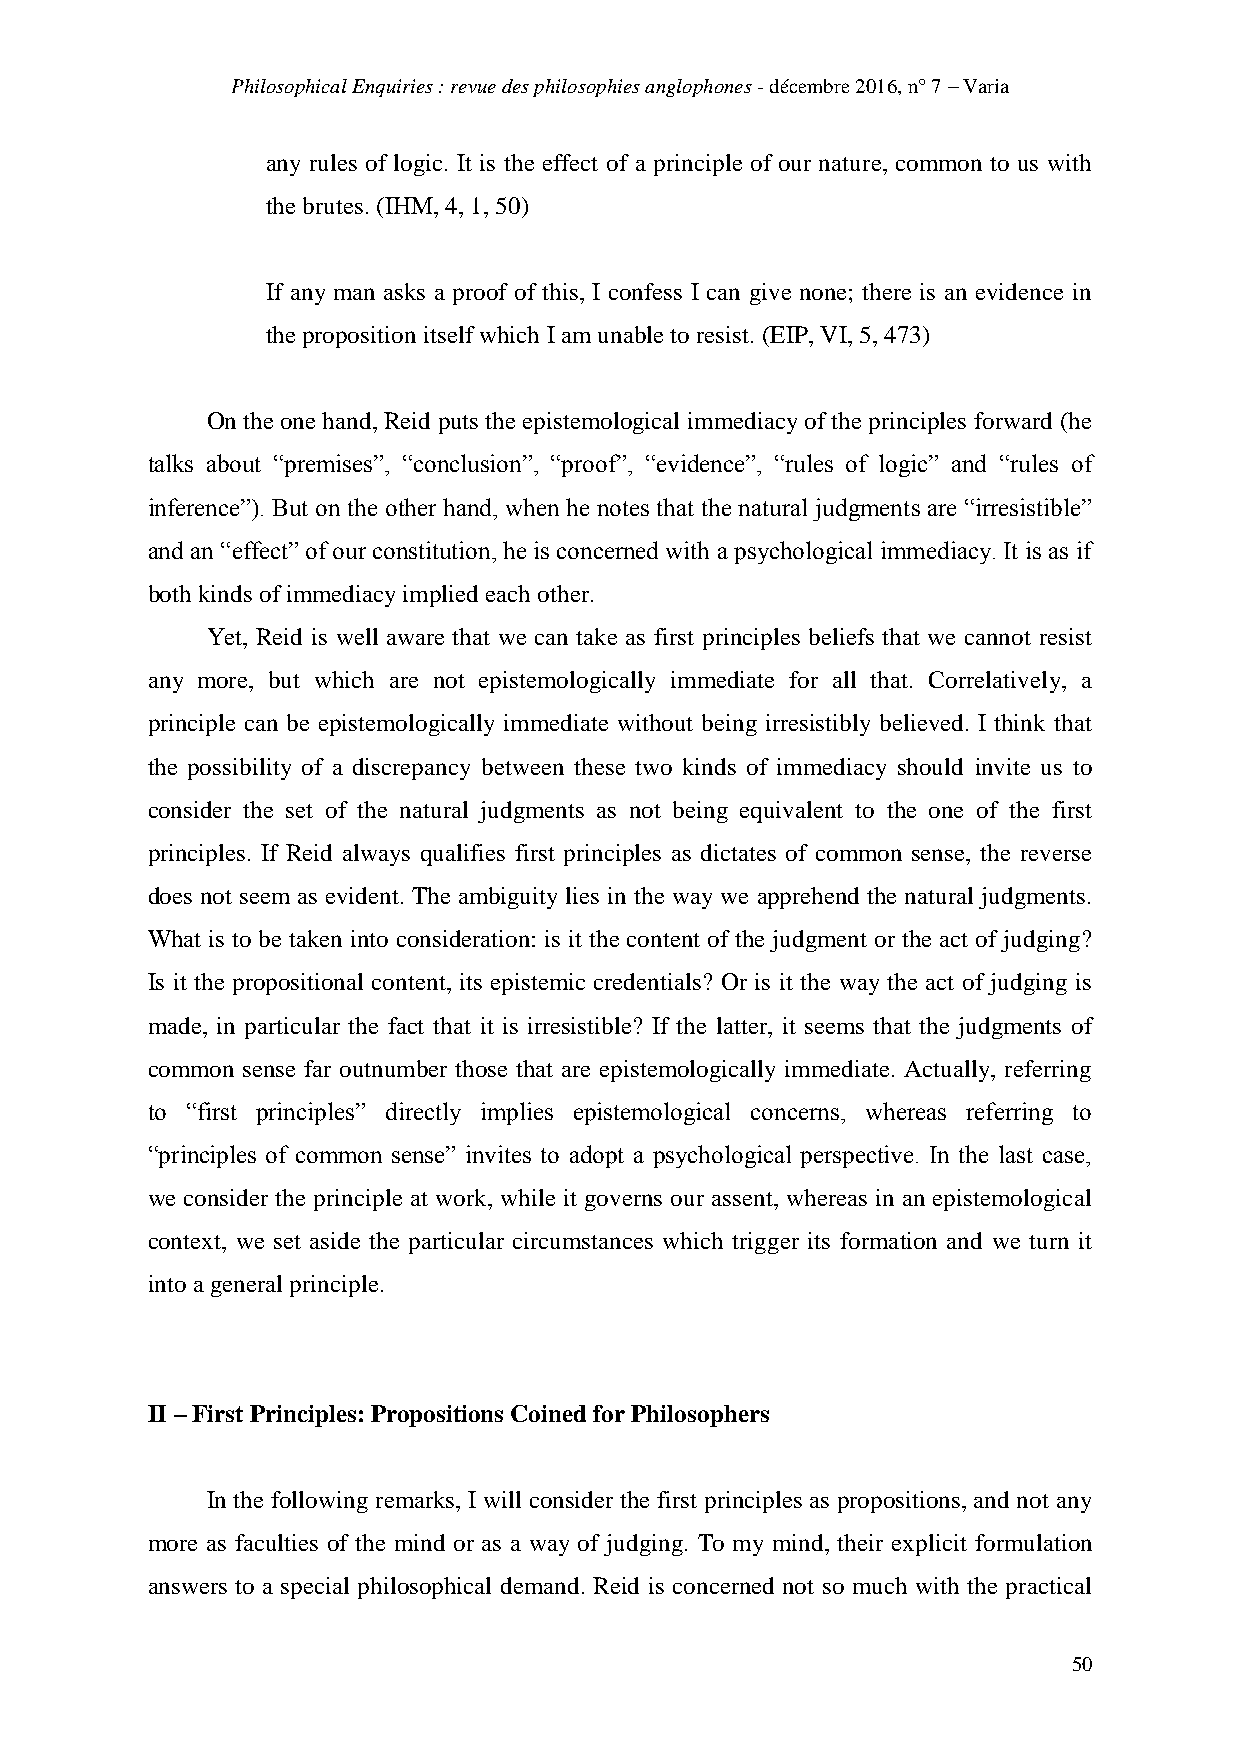
Philosophical Enquiries : revue des philosophies anglophones - décembre 2016, n° 7 – Varia
 any rules of logic. It is the effect of a principle of our nature, common to us with
 the brutes. (IHM, 4, 1, 50)
 If any man asks a proof of this, I confess I can give none; there is an evidence in
 the proposition itself which I am unable to resist. (EIP, VI, 5, 473)
 On the one hand, Reid puts the epistemological immediacy of the principles forward (he
 talks about “premises”, “conclusion”, “proof”, “evidence”, “rules of logic” and “rules of
 inference”). But on the other hand, when he notes that the natural judgments are “irresistible”
 and an “effect” of our constitution, he is concerned with a psychological immediacy. It is as if
 both kinds of immediacy implied each other.
 Yet, Reid is well aware that we can take as first principles beliefs that we cannot resist
 any more, but which are not epistemologically immediate for all that. Correlatively, a
 principle can be epistemologically immediate without being irresistibly believed. I think that
 the possibility of a discrepancy between these two kinds of immediacy should invite us to
 consider the set of the natural judgments as not being equivalent to the one of the first
 principles. If Reid always qualifies first principles as dictates of common sense, the reverse
 does not seem as evident. The ambiguity lies in the way we apprehend the natural judgments.
 What is to be taken into consideration: is it the content of the judgment or the act of judging?
 Is it the propositional content, its epistemic credentials? Or is it the way the act of judging is
 made, in particular the fact that it is irresistible? If the latter, it seems that the judgments of
 common sense far outnumber those that are epistemologically immediate. Actually, referring
 to “first principles” directly implies epistemological concerns, whereas referring to
 “principles of common sense” invites to adopt a psychological perspective. In the last case,
 we consider the principle at work, while it governs our assent, whereas in an epistemological
 context, we set aside the particular circumstances which trigger its formation and we turn it
 into a general principle.
 II – First Principles: Propositions Coined for Philosophers
 In the following remarks, I will consider the first principles as propositions, and not any
 more as faculties of the mind or as a way of judging. To my mind, their explicit formulation
 answers to a special philosophical demand. Reid is concerned not so much with the practical
 50